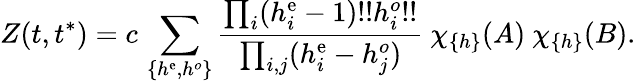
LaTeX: Z(t,t^{*})=c\, \sum_{\{ h^{\mathrm{e}},h^{o}\} }{\frac{{\prod_{i}(h_{i}^{\mathrm{e}}-1)!!h_{i}^{o}!!}}{{\prod_{i,j}(h_{i}^{\mathrm{e}}-h_{j}^{o})}}}~\chi_{\{ h\} }(A)~\chi_{\{ h\} }(B).